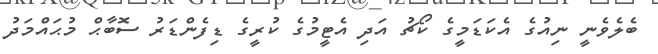
ބެލެވެނީ ނިއުގެ އެކަޑަމީގެ ކޯޗު އަދި އެޓީމުގެ ކުރީގެ ޑިފެންޑަރު ސޮބާޙް މުޙައްމަދު